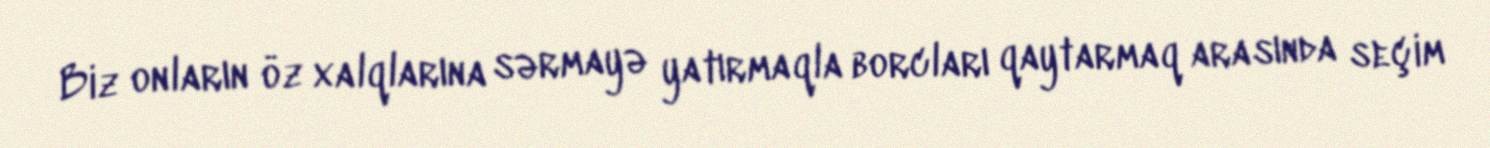
Biz onların öz xalqlarına sərmayə yatırmaqla borcları qaytarmaq arasında seçim